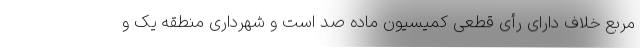
مربع خلاف دارای رأی قطعی کمیسیون ماده صد است و شهرداری منطقه یک و